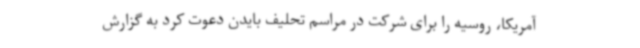
آمریکا، روسیه را برای شرکت در مراسم تحلیف بایدن دعوت کرد به گزارش